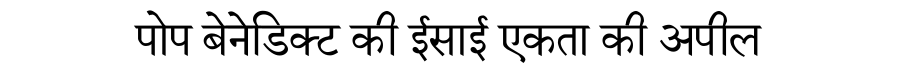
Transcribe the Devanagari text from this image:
पोप बेनेडिक्ट की ईसाई एकता की अपील